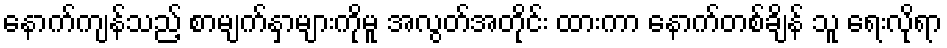
နောက်ကျန်သည့် စာမျက်နှာများကိုမူ အလွတ်အတိုင်း ထားကာ နောက်တစ်ချိန် သူ ရေးလိုရာ